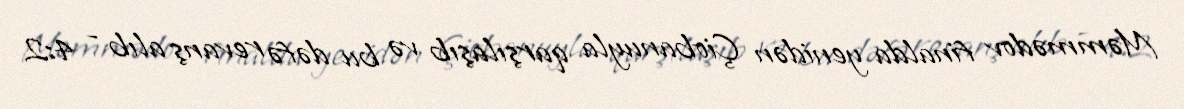
Məmmədov finalda yenidən Çiobanuyla qarşılaşıb və bu dəfə revanş alıb - 4:2